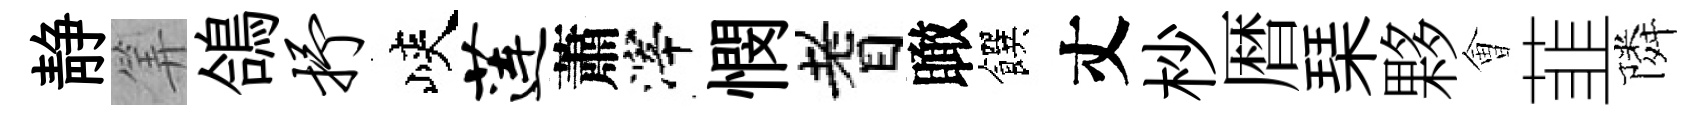
静筭鴿抒峽莲蕭滓憫耆瞰饌丈杪暦琹夥㑹韮隣